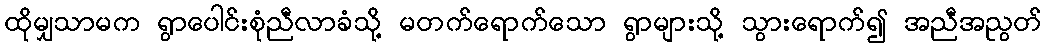
ထိုမျှသာမက ရွာပေါင်းစုံညီလာခံသို့ မတက်ရောက်သော ရွာများသို့ သွားရောက်၍ အညီအညွတ်